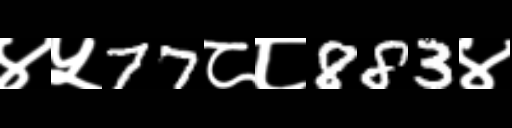
Text: ४५77८८883४